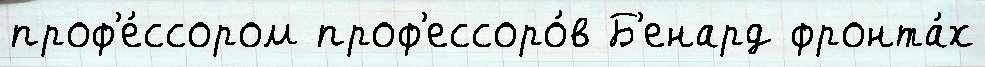
проф'е́ссором проф'ессоро́в Б'енард фронта́х